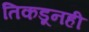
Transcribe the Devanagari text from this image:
तिकडूनही